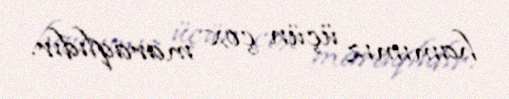
hamımız üçün çox maraqlıdır.